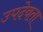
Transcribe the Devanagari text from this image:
उपदेवता